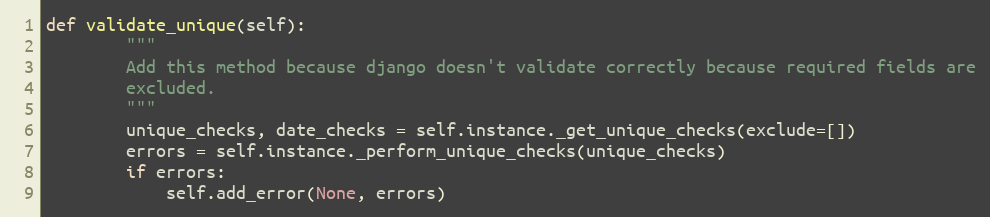
Language: Python
def validate_unique(self):
        """
        Add this method because django doesn't validate correctly because required fields are
        excluded.
        """
        unique_checks, date_checks = self.instance._get_unique_checks(exclude=[])
        errors = self.instance._perform_unique_checks(unique_checks)
        if errors:
            self.add_error(None, errors)